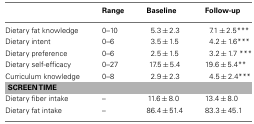
|  | Range | Baseline | Follow-up |
 | --- | --- | --- | --- |
 | Dietary fat knowledge | 0–10 | 5.3 ± 2.3 | 7.1 ± 2.5*** |
 | Dietary intent | 0–6 | 3.5 ± 1.5 | 4.2 ± 1.6*** |
 | Dietary preference | 0–6 | 2.5 ± 1.5 | 3.2 ± 1.7 *** |
 | Dietary self-efficacy | 0–27 | 17.5 ± 5.4 | 19.6 ± 5.4** |
 | Curriculum knowledge | 0–8 | 2.9 ± 2.3 | 4.5 ± 2.4*** |
 | <COLSPAN=4> SCREEN TIME |
 | Dietary fiber intake | – | 11.6 ± 8.0 | 13.4 ± 8.0 |
 | Dietary fat intake | – | 86.4 ± 51.4 | 83.3 ± 45.1 |